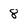
Character: 8